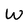
Character: W